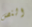
النص